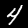
Label: 4